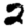
Digit: 2